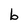
Character: b